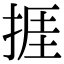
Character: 捱